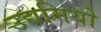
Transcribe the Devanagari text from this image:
उद्यमियो